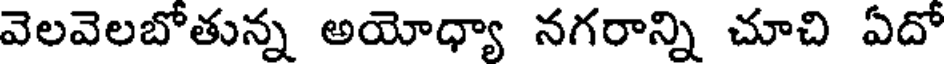
వెలవెలబోతున్న అయోధ్యా నగరాన్ని చూచి ఏదో